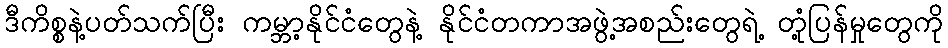
ဒီကိစ္စနဲ့ပတ်သက်ပြီး ကမ္ဘာ့နိုင်ငံတွေနဲ့ နိုင်ငံတကာအဖွဲ့အစည်းတွေရဲ့ တုံ့ပြန်မှုတွေကို